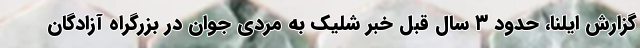
گزارش ایلنا، حدود ۳ سال قبل خبر شلیک به مردی جوان در بزرگراه آزادگان